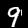
Digit: 9